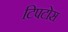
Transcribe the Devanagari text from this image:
टिपटोस